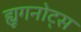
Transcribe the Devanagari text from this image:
ह्यूगनोट्स